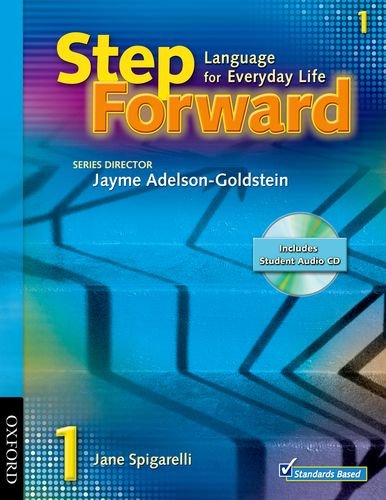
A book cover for Student Book 1 Student Book with Audio CD and Workbook Pack (Step Forward); Jane Spigarelli; Reference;